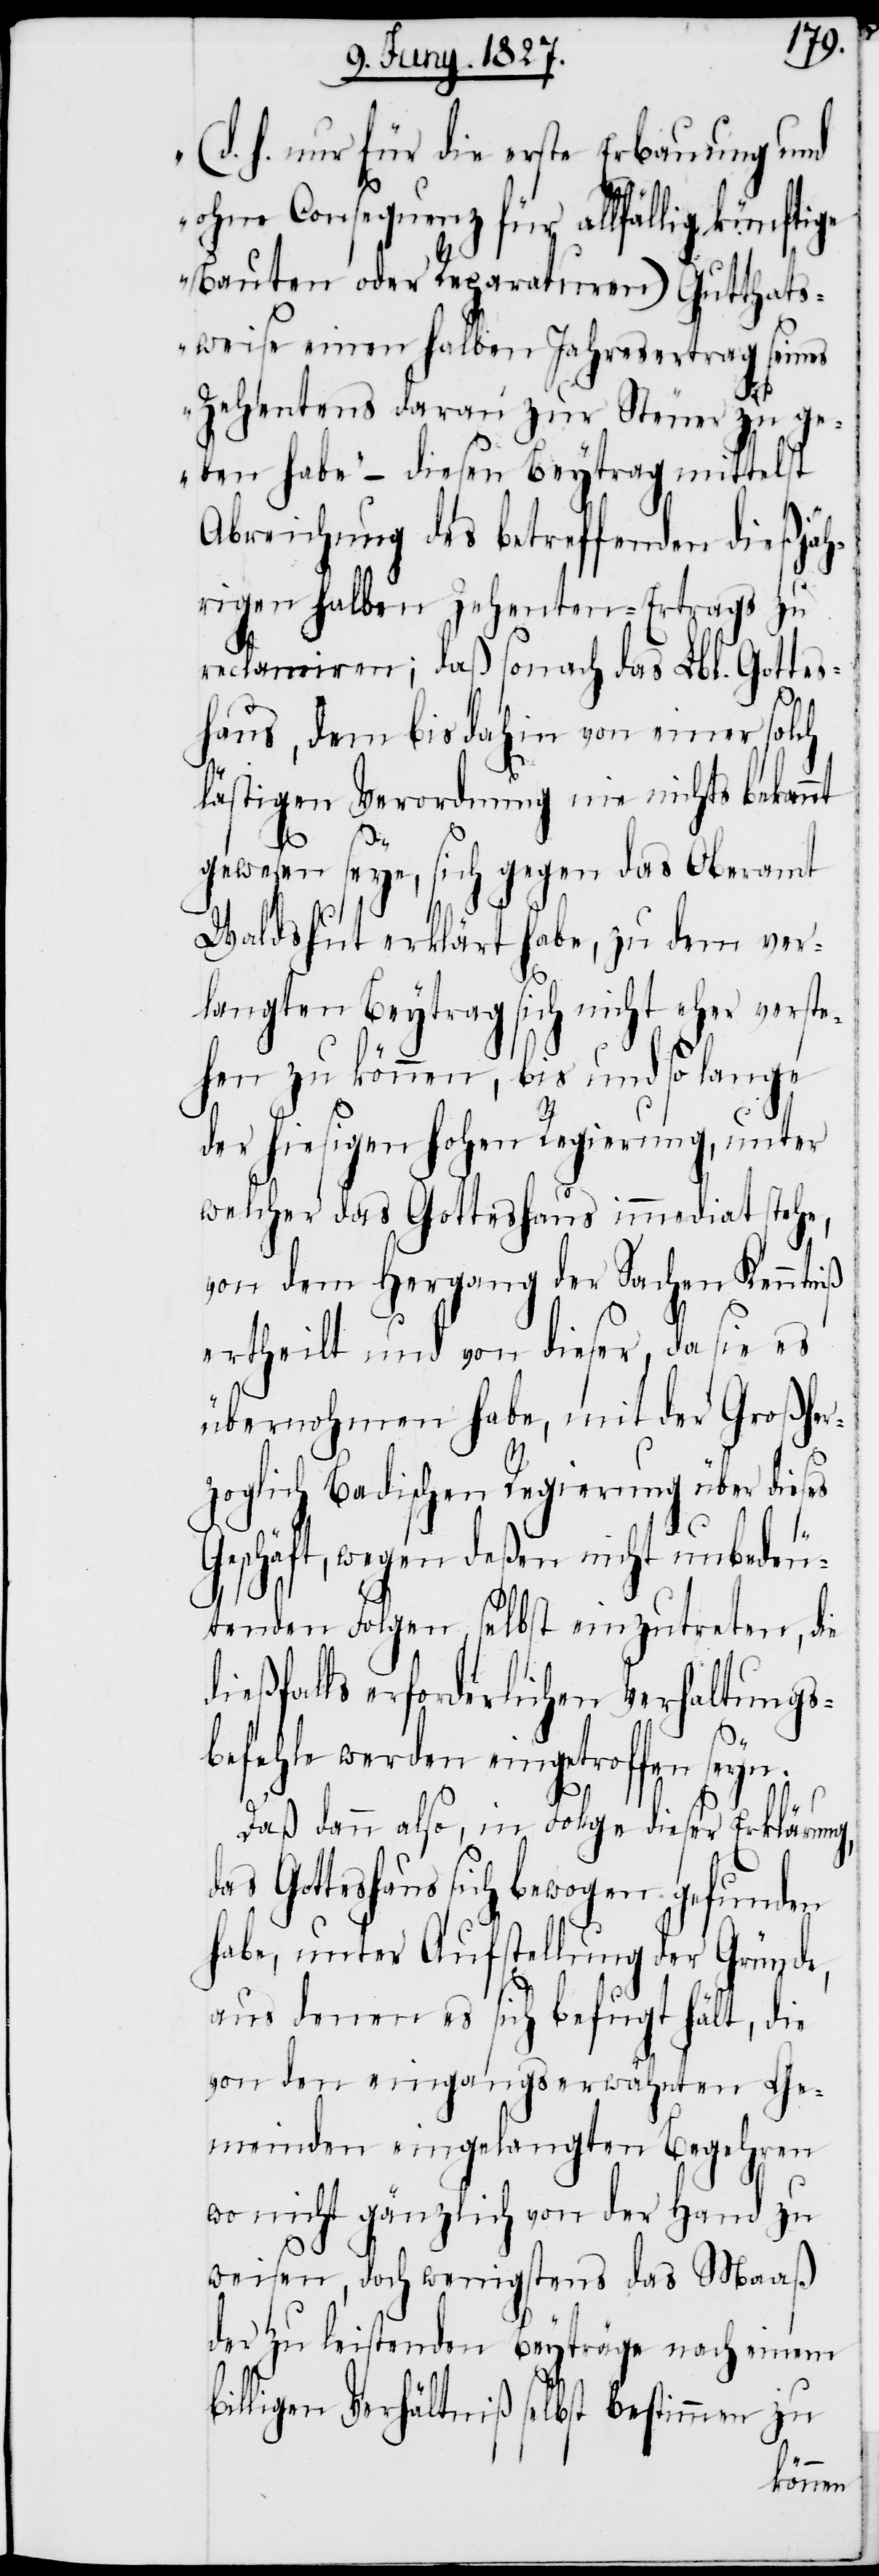
(d. h. nur für die erste Erbauung und
ohne Consequenz für allfällig künftige
Bauten oder Reparaturen) Gutthats¬
weise einen halben Jahresertag seines
Zehentens daran zur Steuer zu ge¬
ben habe“ – diesen Beytrag mittelst
Abreichung des betreffenden dießjäh¬
rigen halben Zehenten-Ertrags zu
reclamiren; daß sonach das Lbl. Gottes¬
haus, dem bis dahin von einer solch
lästigen Verordnung nie nichts bekannt
gewesen seye, sich gegen das Oberamt
Waldshut erklärt habe, zu dem ver¬
langten Beytrag sich nicht eher verste¬
hen zu können, bis und so lange
der hiesigen hohen Regierung, unter
welcher das Gotteshaus immediat stehe,
von dem Hergang der Sachen Kenntniß
ertheilt und von dieser, da sie
übernohmen habe, mit der Großher¬
zoglich Badischen Regierung über dieses
Geschäft, wegen deßen nicht unbedeu¬
tenden Folgen, selbst einzutreten, die
dießfalls erforderlichen Verhaltungs¬
befehle werden eingetroffen seyn.
Daß dann also, in Folge dieser Erklärung,
das Gotteshaus sich bewogen gefunden
habe, unter Aufstellung der Gründe,
aus denen es sich befugt hält, die
von dem eingangserwähnten Ge¬
meinden eingelangten Begehren
wo nicht gänzlich von der Hand zu
weisen, doch wenigstens das Maaß
der zu leistenden Beyträge nach einem
billigen Verhältniße selbst bestimmen zu